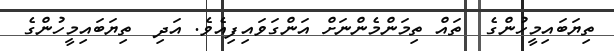
ތިޔަބައިމީހުންގެ  ތައް ތިމަންމެންނަށް އަންގަވައިފިއެވެ. އަދި  ތިޔަބައިމީހުންގެ